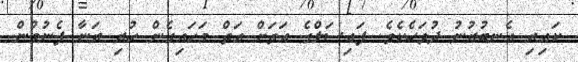
ކައިރި އެނބުރުނު ދުވަހެކެވެ. ފައިސަލްގެ އަތަށް އަތް މަހައިގެން ހުރި ރަނާ ފެނުމުން